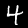
Digit: 4